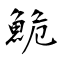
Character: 鮠